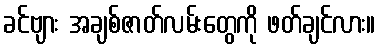
ခင်ဗျား အချစ်ဇာတ်လမ်းတွေကို ဖတ်ချင်လား။